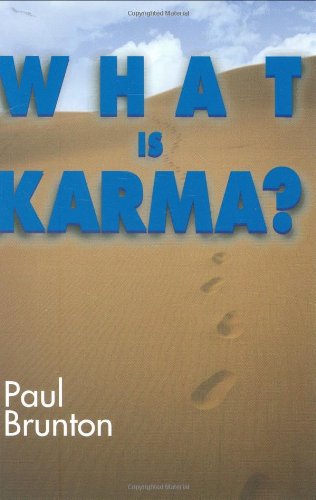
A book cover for What Is Karma?; Paul Brunton; Religion & Spirituality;